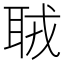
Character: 𦕧